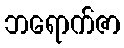
ဘရောက်ဇာ